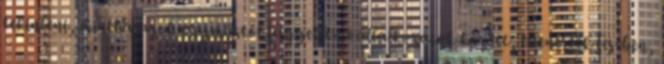
tekinteni, mintha azok egymástól független vállalkozások között, ellenérték fejében,